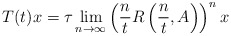
\begin{align*}T(t)x=\tau\lim_{n\to\infty}\left(\frac{n}{t}R\left(\frac{n}{t},A\right)\right)^{n}x\end{align*}